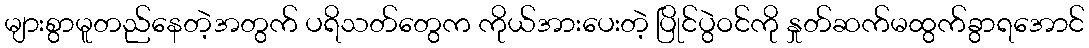
များစွာမူတည်နေတဲ့အတွက် ပရိသတ်တွေက ကိုယ်အားပေးတဲ့ ပြိုင်ပွဲဝင်ကို နှုတ်ဆက်မထွက်ခွာရအောင်